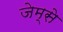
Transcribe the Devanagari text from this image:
जेम्से